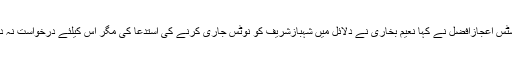
جسٹس اعجازافضل نے کہا نعیم بخاری نے دلائل میں شہبازشریف کو نوٹس جاری کرنے کی استدعا کی مگر اس کیلئے درخواست نہ دی۔